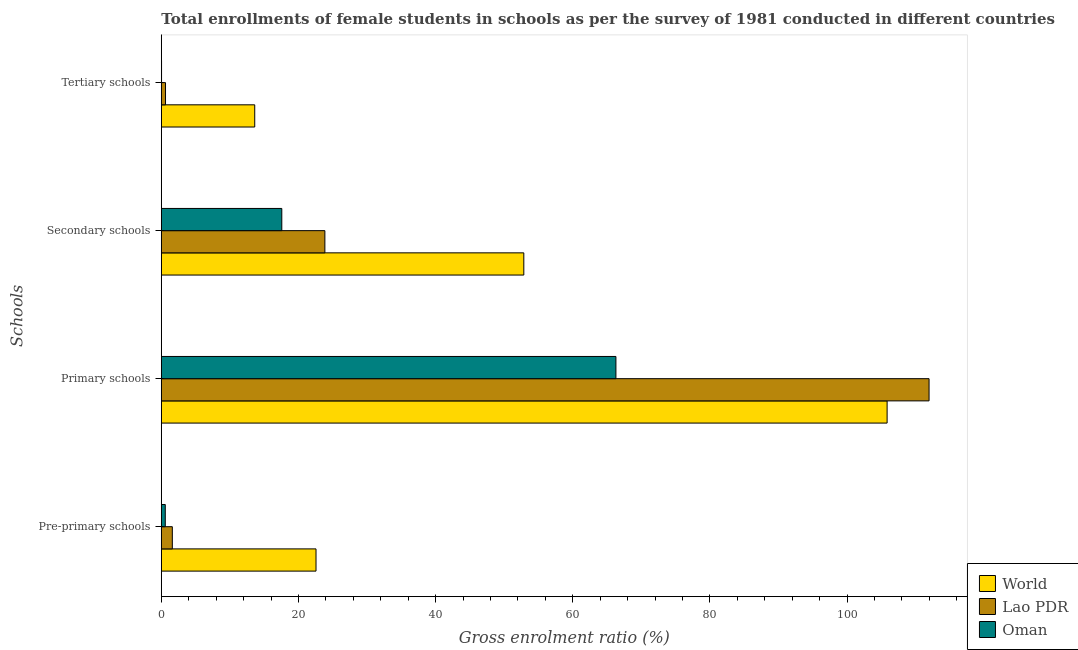
| Schools | World | Lao PDR | Oman |
 | --- | --- | --- | --- |
 | Pre-primary schools | 22.6 | 1.61 | 0.577 |
 | Primary schools | 106 | 112 | 66.3 |
 | Secondary schools | 52.9 | 23.9 | 17.6 |
 | Tertiary schools | 13.6 | 0.612 | 0.0347 |